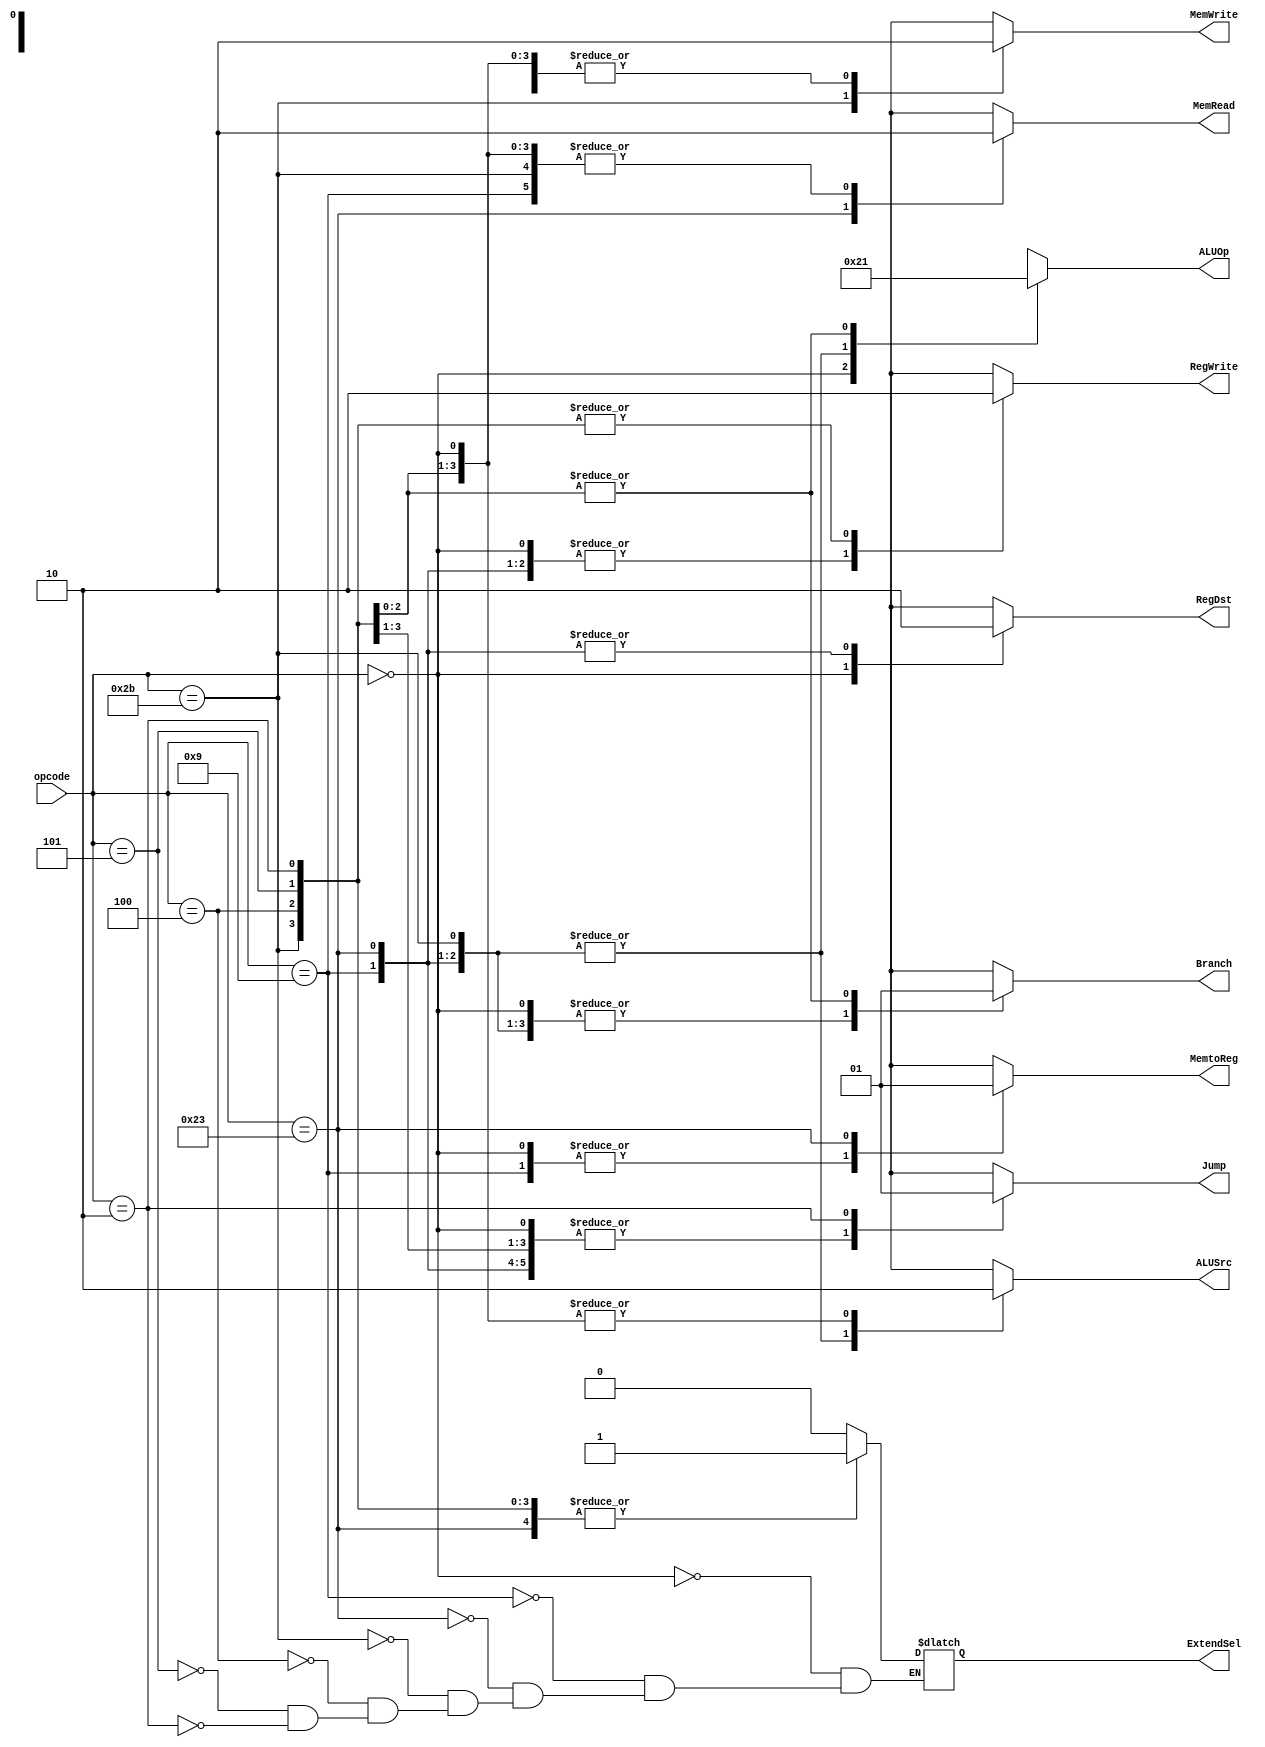
module control_pipelined( opcode, RegDst, ALUSrc, MemtoReg, RegWrite, MemRead, MemWrite, Branch, Jump, ALUOp, ExtendSel);
    input[5:0] opcode;
    output RegDst, ALUSrc, MemtoReg, RegWrite, MemRead, MemWrite, Branch, Jump, ExtendSel;
    output[1:0] ALUOp;
    reg RegDst, ALUSrc, MemtoReg, RegWrite, MemRead, MemWrite, Branch, Jump, ExtendSel;
    reg[1:0] ALUOp;

    parameter R_FORMAT = 6'd0;
    parameter ADDIU = 6'd9;
    parameter LW = 6'd35;
    parameter SW = 6'd43;
    parameter BEQ = 6'd4;
    parameter BNE = 6'd5;
    parameter J = 6'd2;

    always @( opcode ) begin
        case ( opcode )
          R_FORMAT : 
          begin
				RegDst = 1'b1; ALUSrc = 1'b0; MemtoReg = 1'b0; RegWrite = 1'b1; MemRead = 1'b0; 
				MemWrite = 1'b0; Branch = 1'b0; Jump = 1'b0; ALUOp = 2'b10; ExtendSel = 1'b0;
          end
	      ADDIU :
	      begin
				RegDst = 1'b0; ALUSrc = 1'b1; MemtoReg = 1'b0; RegWrite = 1'b1; MemRead = 1'b0; 
				MemWrite = 1'b0; Branch = 1'b0; Jump = 1'b0; ALUOp = 2'b00; ExtendSel = 1'b0;
          end
          LW :
          begin
				RegDst = 1'b0; ALUSrc = 1'b1; MemtoReg = 1'b1; RegWrite = 1'b1; MemRead = 1'b1; 
				MemWrite = 1'b0; Branch = 1'b0; Jump = 1'b0; ALUOp = 2'b00; ExtendSel = 1'b1;
          end
          SW :
          begin
				RegDst = 1'bx; ALUSrc = 1'b1; MemtoReg = 1'bx; RegWrite = 1'b0; MemRead = 1'b0; 
				MemWrite = 1'b1; Branch = 1'b0; Jump = 1'b0; ALUOp = 2'b00; ExtendSel = 1'b1;
          end
          BEQ :
          begin
				RegDst = 1'bx; ALUSrc = 1'b0; MemtoReg = 1'bx; RegWrite = 1'b0; MemRead = 1'b0; 
				MemWrite = 1'b0; Branch = 1'b1; Jump = 1'b0; ALUOp = 2'b01; ExtendSel = 1'b1;
          end
	  BNE :
          begin
				RegDst = 1'bx; ALUSrc = 1'b0; MemtoReg = 1'bx; RegWrite = 1'b0; MemRead = 1'b0; 
				MemWrite = 1'b0; Branch = 1'b1; Jump = 1'b0; ALUOp = 2'b01; ExtendSel = 1'b1;
          end
		  J :
		  begin
				RegDst = 1'bx; ALUSrc = 1'b0; MemtoReg = 1'bx; RegWrite = 1'b0; MemRead = 1'b0; 
				MemWrite = 1'b0; Branch = 1'b1; Jump = 1'b1; ALUOp = 2'b01; ExtendSel = 1'b1;
		  end
          default
          begin
				$display("control_single unimplemented opcode %d", opcode);
				RegDst=1'bx; ALUSrc=1'bx; MemtoReg=1'bx; RegWrite=1'bx; MemRead=1'bx; 
				MemWrite=1'bx; Branch=1'bx; Jump = 1'bx; ALUOp = 2'bxx;
          end
        endcase
    end
endmodule